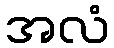
အလံ